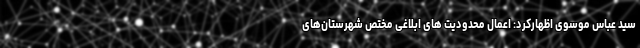
سید عباس موسوی اظهارکرد: اعمال محدودیت های ابلاغی مختص شهرستان‌های